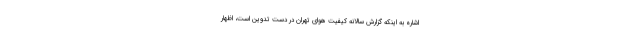
اشاره به اینکه گزارش سالانه کیفیت هوای تهران در دست تدوین است، اظهار